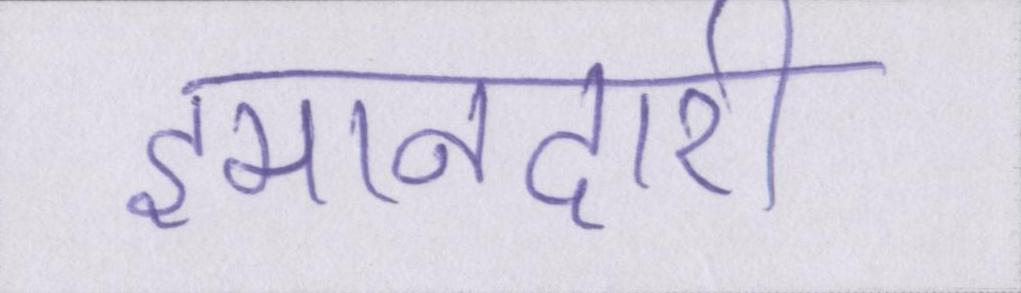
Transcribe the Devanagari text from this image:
इमानदारी